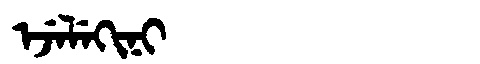
Manchu: ᡝᠵᡝᠯᡝᡴᡳᠨᡳ
Romanization: EJELEKINI